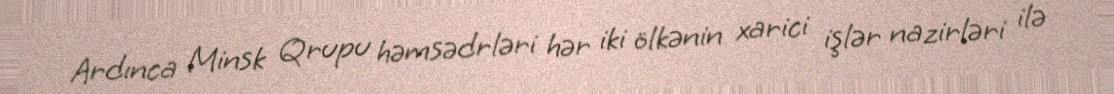
Ardınca Minsk Qrupu həmsədrləri hər iki ölkənin xarici işlər nazirləri ilə